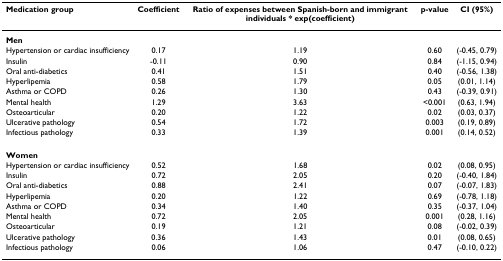
<table><thead><tr><td><b>Medication group</b></td><td><b>Coefficient</b></td><td><b>Ratio of expenses between Spanish-born and immigrant individuals * exp(coefficient)</b></td><td><b>p-value</b></td><td><b>CI (95%)</b></td></tr></thead><tbody><tr><td><b>Men</b></td><td></td><td></td><td></td><td></td></tr><tr><td>Hypertension or cardiac insufficiency</td><td>0.17</td><td>1.19</td><td>0.60</td><td>(-0.45, 0.79)</td></tr><tr><td>Insulin</td><td>-0.11</td><td>0.90</td><td>0.84</td><td>(-1.15, 0.94)</td></tr><tr><td>Oral anti-diabetics</td><td>0.41</td><td>1.51</td><td>0.40</td><td>(-0.56, 1.38)</td></tr><tr><td>Hyperlipemia</td><td>0.58</td><td>1.79</td><td>0.05</td><td>(0.01, 1.14)</td></tr><tr><td>Asthma or COPD</td><td>0.26</td><td>1.30</td><td>0.43</td><td>(-0.39, 0.91)</td></tr><tr><td>Mental health</td><td>1.29</td><td>3.63</td><td>&lt;0.001</td><td>(0.63, 1.94)</td></tr><tr><td>Osteoarticular</td><td>0.20</td><td>1.22</td><td>0.02</td><td>(0.03, 0.37)</td></tr><tr><td>Ulcerative pathology</td><td>0.54</td><td>1.72</td><td>0.003</td><td>(0.19, 0.89)</td></tr><tr><td>Infectious pathology</td><td>0.33</td><td>1.39</td><td>0.001</td><td>(0.14, 0.52)</td></tr><tr><td><b>Women</b></td><td></td><td></td><td></td><td></td></tr><tr><td>Hypertension or cardiac insufficiency</td><td>0.52</td><td>1.68</td><td>0.02</td><td>(0.08, 0.95)</td></tr><tr><td>Insulin</td><td>0.72</td><td>2.05</td><td>0.20</td><td>(-0.40, 1.84)</td></tr><tr><td>Oral anti-diabetics</td><td>0.88</td><td>2.41</td><td>0.07</td><td>(-0.07, 1.83)</td></tr><tr><td>Hyperlipemia</td><td>0.20</td><td>1.22</td><td>0.69</td><td>(-0.78, 1.18)</td></tr><tr><td>Asthma or COPD</td><td>0.34</td><td>1.40</td><td>0.35</td><td>(-0.37, 1.04)</td></tr><tr><td>Mental health</td><td>0.72</td><td>2.05</td><td>0.001</td><td>(0.28, 1.16)</td></tr><tr><td>Osteoarticular</td><td>0.19</td><td>1.21</td><td>0.08</td><td>(-0.02, 0.39)</td></tr><tr><td>Ulcerative pathology</td><td>0.36</td><td>1.43</td><td>0.01</td><td>(0.08, 0.65)</td></tr><tr><td>Infectious pathology</td><td>0.06</td><td>1.06</td><td>0.47</td><td>(-0.10, 0.22)</td></tr></tbody></table>